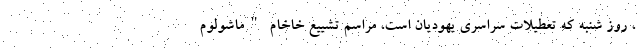
، روز شنبه که تعطیلات سراسری یهودیان است، مراسم تشییع خاخام "ماشولوم